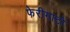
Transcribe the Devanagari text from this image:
फेरीगाटो